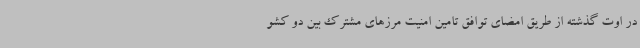
در اوت گذشته از طریق امضای توافق تامین امنیت مرزهای مشترک بین دو کشو